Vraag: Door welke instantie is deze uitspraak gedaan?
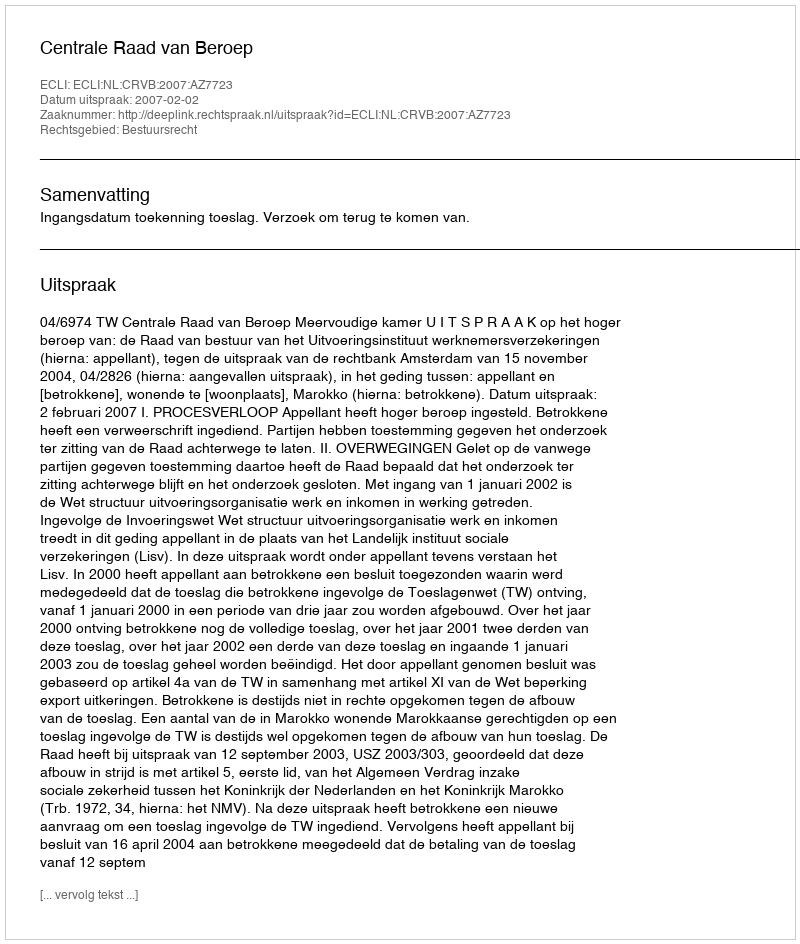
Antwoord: Centrale Raad van Beroep